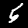
Digit: 5